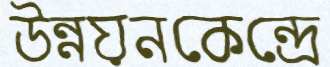
উন্নয়নকেন্দ্রে